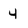
Character: 4